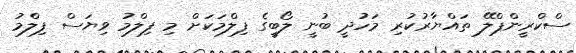
ސްކްރީންޕްލޭ ތައްޔާރުކުރި މަހުދީ ބުނީ ލޯބީގެ ފިލްމަކަށް މި ފިލްމު ވިޔަސް ފިލްމު